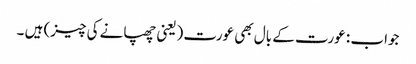
جواب : عورت کے بال بھی عورت (یعنی چھپانے کی چیز) ہیں ۔